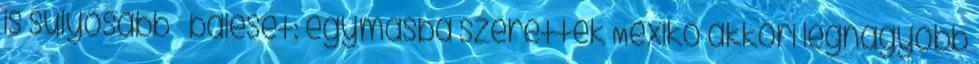
is súlyosabb – baleset: egymásba szerettek Mexikó akkori legnagyobb